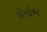
કોમોએ